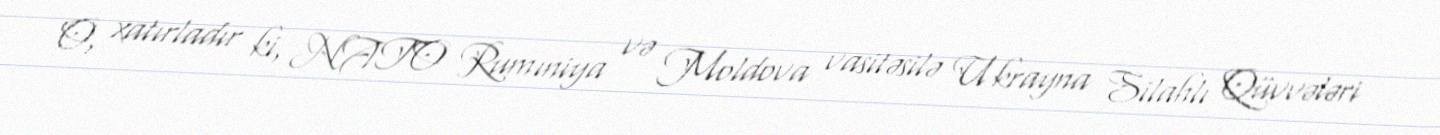
O, xatırladır ki, NATO Rumıniya və Moldova vasitəsilə Ukrayna Silahlı Qüvvələri